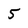
Character: 5